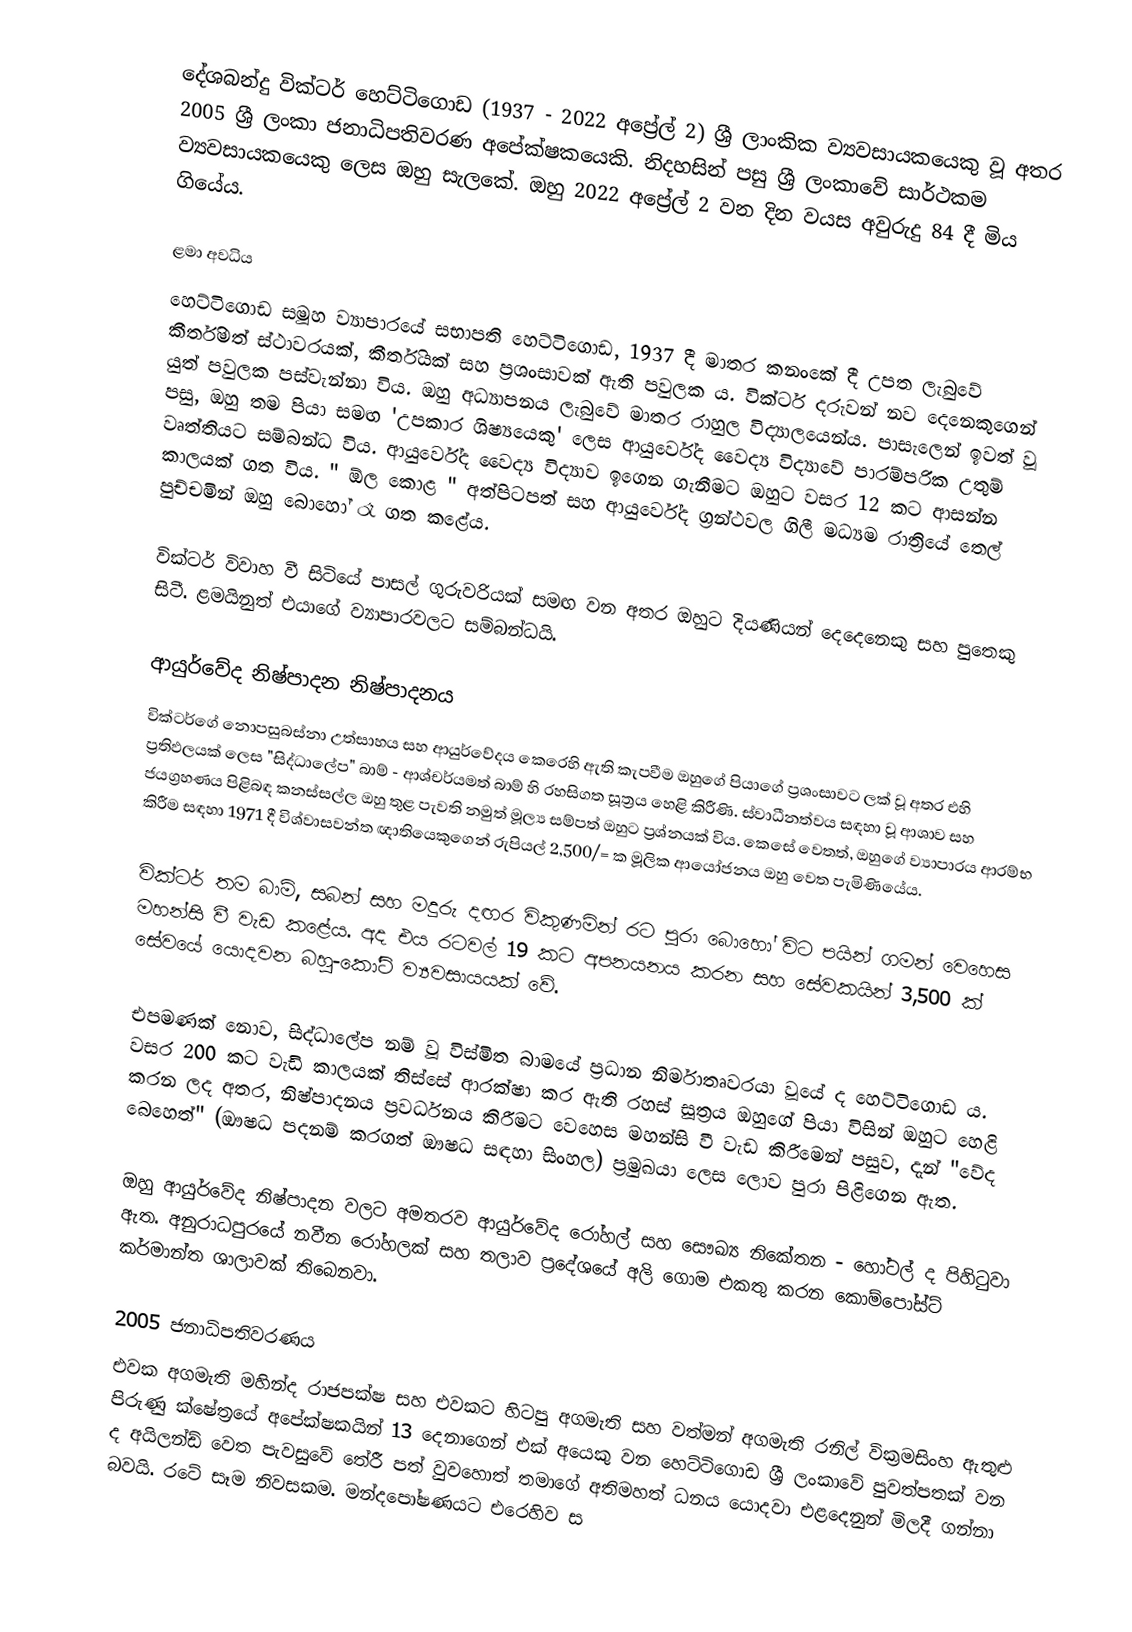
දේශබන්දු වික්ටර් හෙට්ටිගොඩ (1937 - 2022 අප්‍රේල් 2) ශ්‍රී ලාංකික ව්‍යවසායකයෙකු වූ අතර 2005 ශ්‍රී ලංකා ජනාධිපතිවරණ අපේක්ෂකයෙකි. නිදහසින් පසු ශ්‍රී ලංකාවේ සාර්ථකම ව්‍යවසායකයෙකු ලෙස ඔහු සැලකේ. ඔහු 2022 අප්‍රේල් 2 වන දින වයස අවුරුදු 84 දී මිය ගියේය.

ළමා අවධිය
හෙට්ටිගොඩ සමූහ ව්‍යාපාරයේ සභාපති හෙට්ටිගොඩ, 1937 දී මාතර කනංකේ දී උපත ලැබුවේ කීර්තිමත් ස්ථාවරයක්, කීර්තියක් සහ ප්‍රශංසාවක් ඇති පවුලක ය. වික්ටර් දරුවන් නව දෙනෙකුගෙන් යුත් පවුලක පස්වැන්නා විය. ඔහු අධ්‍යාපනය ලැබුවේ මාතර රාහුල විද්‍යාලයෙන්ය. පාසැලෙන් ඉවත් වූ පසු, ඔහු තම පියා සමඟ 'උපකාර ශිෂ්‍යයෙකු' ලෙස ආයුර්වේද වෛද්‍ය විද්‍යාවේ පාරම්පරික උතුම් වෘත්තියට සම්බන්ධ විය. ආයුර්වේද වෛද්‍ය විද්‍යාව ඉගෙන ගැනීමට ඔහුට වසර 12 කට ආසන්න කාලයක් ගත විය. " ඕල කොළ " අත්පිටපත් සහ ආයුර්වේද ග්‍රන්ථවල ගිලී මධ්‍යම රාත්‍රියේ තෙල් පුච්චමින් ඔහු බොහෝ රෑ ගත කළේය.

වික්ටර් විවාහ වී සිටියේ පාසල් ගුරුවරියක් සමඟ වන අතර ඔහුට දියණියන් දෙදෙනෙකු සහ පුතෙකු සිටී. ළමයිනුත් එයාගේ ව්‍යාපාරවලට සම්බන්ධයි.

ආයුර්වේද නිෂ්පාදන නිෂ්පාදනය
වික්ටර්ගේ නොපසුබස්නා උත්සාහය සහ ආයුර්වේදය කෙරෙහි ඇති කැපවීම ඔහුගේ පියාගේ ප්‍රශංසාවට ලක් වූ අතර එහි ප්‍රතිඵලයක් ලෙස "සිද්ධාලේප" බාම් - ආශ්චර්යමත් බාම් හි රහසිගත සූත්‍රය හෙළි කිරීණි. ස්වාධීනත්වය සඳහා වූ ආශාව සහ ජයග්‍රහණය පිළිබඳ කනස්සල්ල ඔහු තුළ පැවති නමුත් මූල්‍ය සම්පත් ඔහුට ප්‍රශ්නයක් විය. කෙසේ වෙතත්, ඔහුගේ ව්‍යාපාරය ආරම්භ කිරීම සඳහා 1971 දී විශ්වාසවන්ත ඥාතියෙකුගෙන් රුපියල් 2,500/= ක මූලික ආයෝජනය ඔහු වෙත පැමිණියේය.

වික්ටර් තම බාම්, සබන් සහ මදුරු දඟර විකුණමින් රට පුරා බොහෝ විට පයින් ගමන් වෙහෙස මහන්සි වී වැඩ කළේය. අද එය රටවල් 19 කට අපනයනය කරන සහ සේවකයින් 3,500 ක් සේවයේ යොදවන බහු-කෝටි ව්‍යවසායයක් වේ.

එපමණක් නොව, සිද්ධාලේප නම් වූ විස්මිත බාමයේ ප්‍රධාන නිර්මාතෘවරයා වූයේ ද හෙට්ටිගොඩ ය. වසර 200 කට වැඩි කාලයක් තිස්සේ ආරක්ෂා කර ඇති රහස් සූත්‍රය ඔහුගේ පියා විසින් ඔහුට හෙළි කරන ලද අතර, නිෂ්පාදනය ප්‍රවර්ධනය කිරීමට වෙහෙස මහන්සි වී වැඩ කිරීමෙන් පසුව, දැන් "වේද බෙහෙත්" (ඖෂධ පදනම් කරගත් ඖෂධ සඳහා සිංහල) ප්‍රමුඛයා ලෙස ලොව පුරා පිළිගෙන ඇත.

ඔහු ආයුර්වේද නිෂ්පාදන වලට අමතරව ආයුර්වේද රෝහල් සහ සෞඛ්‍ය නිකේතන - හෝටල් ද පිහිටුවා ඇත. අනුරාධපුරයේ නවීන රෝහලක් සහ තලාව ප්‍රදේශයේ අලි ගොම එකතු කරන කොම්පෝස්ට් කර්මාන්ත ශාලාවක් තිබෙනවා.

2005 ජනාධිපතිවරණය
එවක අගමැති මහින්ද රාජපක්ෂ සහ එවකට හිටපු අගමැති සහ වත්මන් අගමැති රනිල් වික්‍රමසිංහ ඇතුළු පිරුණු ක්ෂේත්‍රයේ අපේක්ෂකයින් 13 දෙනාගෙන් එක් අයෙකු වන හෙට්ටිගොඩ ශ්‍රී ලංකාවේ පුවත්පතක් වන ද අයිලන්ඩ් වෙත පැවසුවේ තේරී පත් වුවහොත් තමාගේ අතිමහත් ධනය යොදවා එළදෙනුන් මිලදී ගන්නා බවයි. රටේ සෑම නිවසකම. මන්දපෝෂණයට එරෙහිව ස